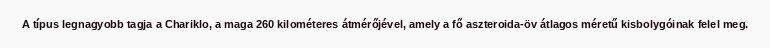
A típus legnagyobb tagja a Chariklo, a maga 260 kilométeres átmérőjével, amely a fő aszteroida-öv átlagos méretű kisbolygóinak felel meg.